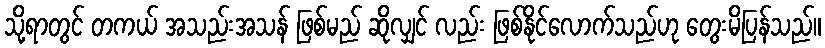
သို့ရာတွင် တကယ် အသည်းအသန် ဖြစ်မည် ဆိုလျှင် လည်း ဖြစ်နိုင်လောက်သည်ဟု တွေးမိပြန်သည်။